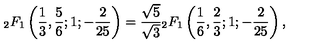
_ { 2 } F _ { 1 } \left( { \frac { 1 } { 3 } } , { \frac { 5 } { 6 } } ; 1 ; { - \frac { 2 } { 2 5 } } \right) = \frac { \sqrt { 5 } } { \sqrt { 3 } } { } _ { 2 } F _ { 1 } \left( { \frac { 1 } { 6 } } , { \frac { 2 } { 3 } } ; 1 ; { - \frac { 2 } { 2 5 } } \right) ,